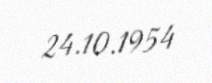
24.10.1954